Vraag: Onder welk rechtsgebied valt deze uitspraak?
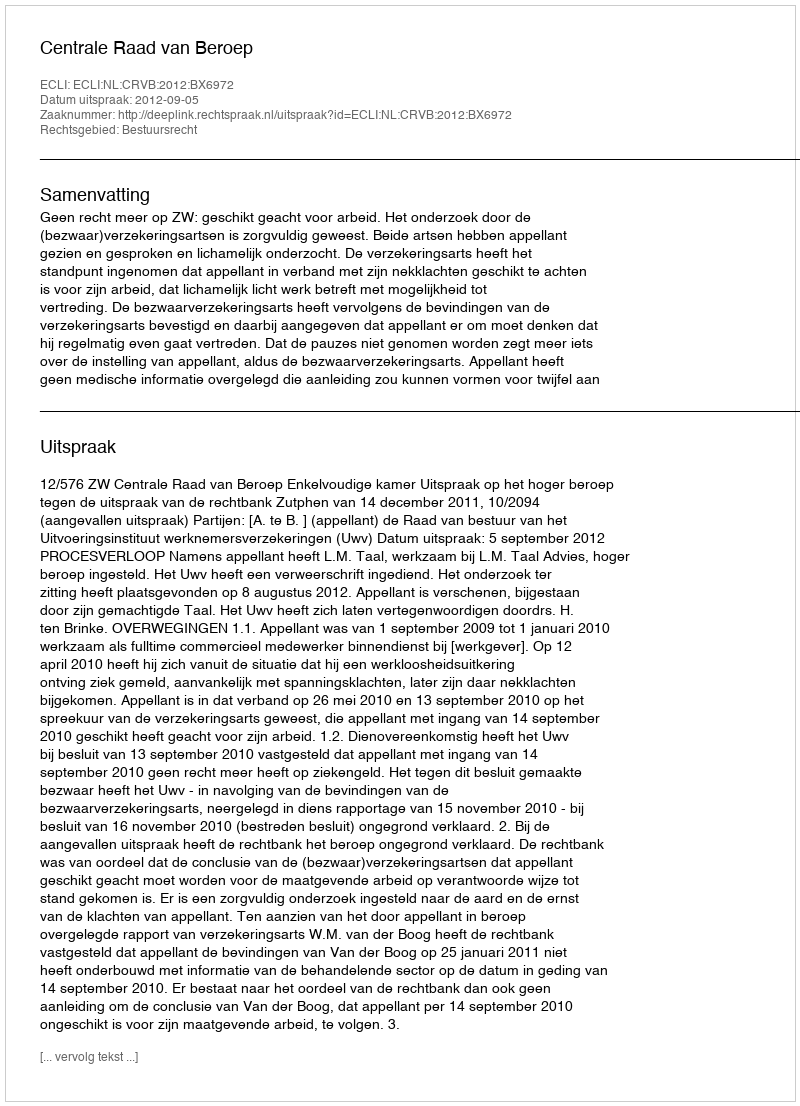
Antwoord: Bestuursrecht